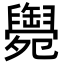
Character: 𦦩